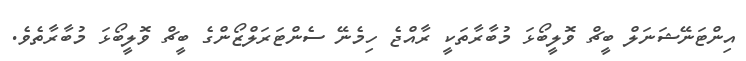
އިންޓަނޭޝަނަލް ބީޗް ވޮލީބޯޅަ މުބާރާތަކީ ރާއްޖެ ހިމެނޭ ސެންޓަރަލްޒޯންގެ ބީޗް ވޮލީބޯޅަ މުބާރާތެވެ.